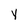
Character: y